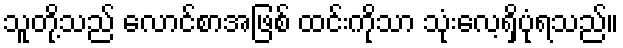
သူတို့သည် လောင်စာအဖြစ် ထင်းကိုသာ သုံးလေ့ရှိပုံရသည်။